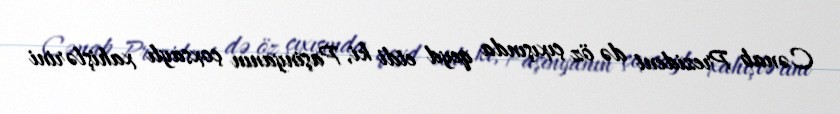
Cənab Prezident də öz çıxışında qeyd etdi ki, Paşinyanın çoxsaylı xahişlərini